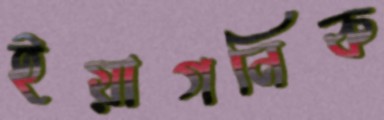
ইয়াগনিক